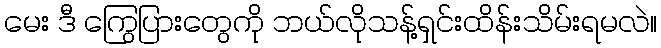
မေး ဒီ ကြွေပြားတွေကို ဘယ်လိုသန့်ရှင်းထိန်းသိမ်းရမလဲ။